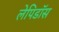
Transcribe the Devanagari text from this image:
लेपिडॉस